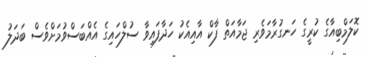
ކޮލަމްބިއާގެ ކުރީގެ ހަނގުރާމަވެރި ޖަމާއަތް ފާކް އާއިއެކު ހަދާފައިވާ ސުލްހައިގެ އެއްބަސްވުމަށްވެސް ބަދަލު